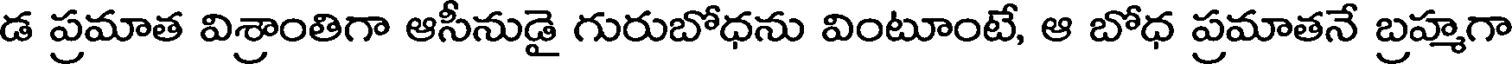
డ ప్రమాత విశ్రాంతిగా ఆసీనుడై గురుబోధను వింటూంటే, ఆ బోధ ప్రమాతనే బ్రహ్మగా